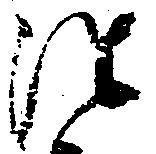
徃